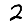
Digit: 2